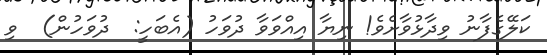
ކަލޭގެފާނު ވިދާޅުވާށެވެ! ނިޔާ އިއްވަވާ ދުވަހު (އެބަހީ:  ދުވަހުން)  ވި